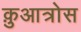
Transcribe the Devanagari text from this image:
क़ुआत्रोस